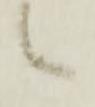
候